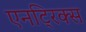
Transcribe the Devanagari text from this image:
एनट्रिक्स